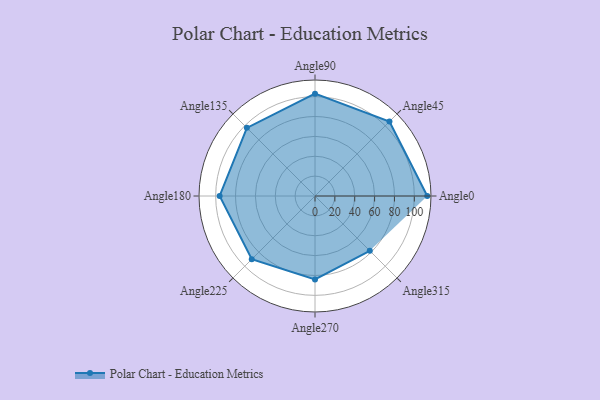
{"axis": {"x": "Angle", "y": "Radius"}, "legend": [""], "data": [{"x": "Angle0", "y": 113.0, "type": ""}, {"x": "Angle45", "y": 106.0, "type": ""}, {"x": "Angle90", "y": 103.0, "type": ""}, {"x": "Angle135", "y": 97.0, "type": ""}, {"x": "Angle180", "y": 96.0, "type": ""}, {"x": "Angle225", "y": 90.0, "type": ""}, {"x": "Angle270", "y": 84.0, "type": ""}, {"x": "Angle315", "y": 78.0, "type": ""}]}